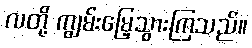
လတို့ ကျွမ်းမြေ့သွားကြသည်။